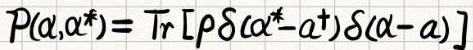
$P(\alpha,\alpha^*) = \mathrm{Tr}[\rho\delta(\alpha^*-\alpha^{\dagger})\delta(\alpha - \alpha)]$